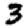
Digit: 3